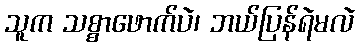
သူက သစ္စာဖောက်ပဲ၊ ဘယ်ပြန်ရဲမလဲ